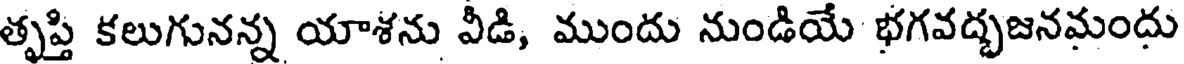
తృప్తి కలుగునన్న యాశను వీడి, ముందు నుండియే భగవద్భజనమందు